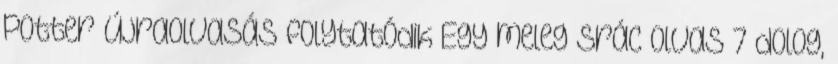
Potter újraolvasás folytatódik Egy meleg srác olvas 7 dolog,